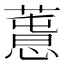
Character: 𢡳